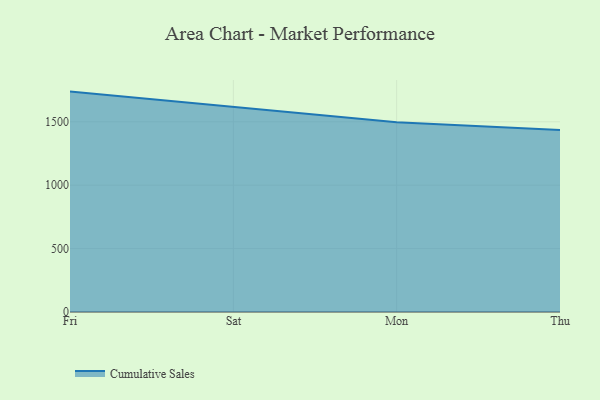
{"axis": {"x": "Day", "y": "Shipments"}, "legend": ["Cumulative Sales"], "data": [{"x": "Fri", "y": 1737.9, "type": "Cumulative Sales"}, {"x": "Sat", "y": 1618.1, "type": "Cumulative Sales"}, {"x": "Mon", "y": 1497.1, "type": "Cumulative Sales"}, {"x": "Thu", "y": 1434.6, "type": "Cumulative Sales"}]}